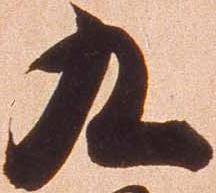
九